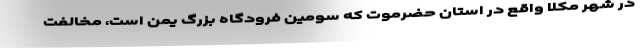
در شهر مکلا واقع در استان حضرموت که سومین فرودگاه بزرگ یمن است، مخالفت